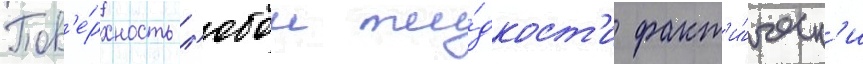
Пов'е́рхность л'юбои жи́дкост'и факт'и́ческ'и